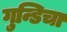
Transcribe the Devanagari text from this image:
गुन्डिचा